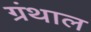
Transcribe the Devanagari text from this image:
ग्रंथाल